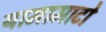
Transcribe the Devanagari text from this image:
यामामाटो